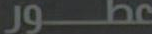
عطور